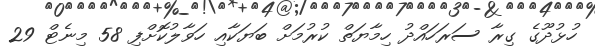
ހުޅުދޫގެ ގިރާ ސަރަހައްދު ހިމާޔަތް ކުރުމަށް ބަޔަކާއި ހަވާލުކޮށްފި 58 މިނެޓް 29